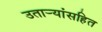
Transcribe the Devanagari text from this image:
उतार्‍यांसहित